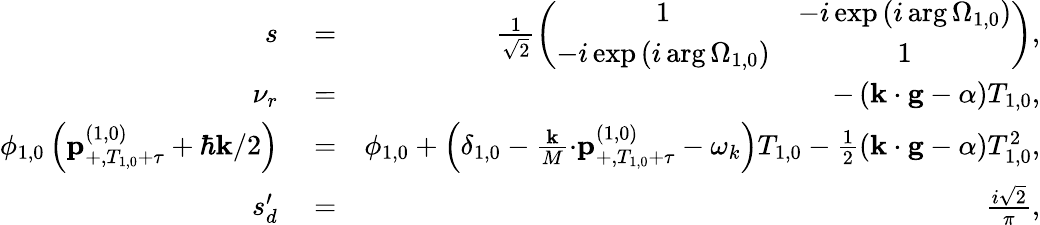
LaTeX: \begin{array}{rlr}{s}&{{}=}&{\frac{1}{\sqrt{2}}\left(\begin{array}{cc}{1}&{-i\exp\left(i\arg\Omega_{1,0}\right)}\\ {-i\exp\left(i\arg\Omega_{1,0}\right)}&{1}\end{array}\right),}\\ {\nu_{r}}&{{}=}&{-\left(\mathbf{k\cdot g}-\alpha\right)T_{1,0},}\\ {\phi_{1,0}\left(\mathbf{p}_{+,T_{1,0}+\tau}^{\left(1,0\right)}+\hbar\mathbf{k}/2\right)}&{{}=}&{\phi_{1,0}+\left(\delta_{1,0}-\frac{\mathbf{k}}{M}\mathbf{\cdot p}_{+,T_{1,0}+\tau}^{\left(1,0\right)}-\omega_{k}\right)T_{1,0}-\frac{1}{2}\left(\mathbf{k\cdot g}-\alpha\right)T_{1,0}^{2},}\\ {s_{d}^{\prime}}&{{}=}&{\frac{i\sqrt{2}}{\pi},}\end{array}